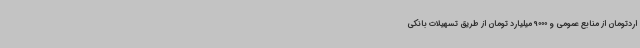
اردتومان از منابع عمومی و 9000 میلیارد تومان از طریق تسهیلات بانکی